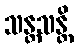
သန္တသန္တိ